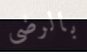
بالرضى